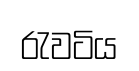
රැවටිය